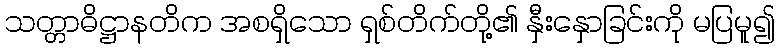
သတ္တာဓိဋ္ဌာနတိက အစရှိသော ရှစ်တိက်တို့၏ နှီးနှောခြင်းကို မပြမူ၍